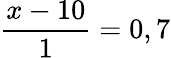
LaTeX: \frac{x-10}{1}=0,7